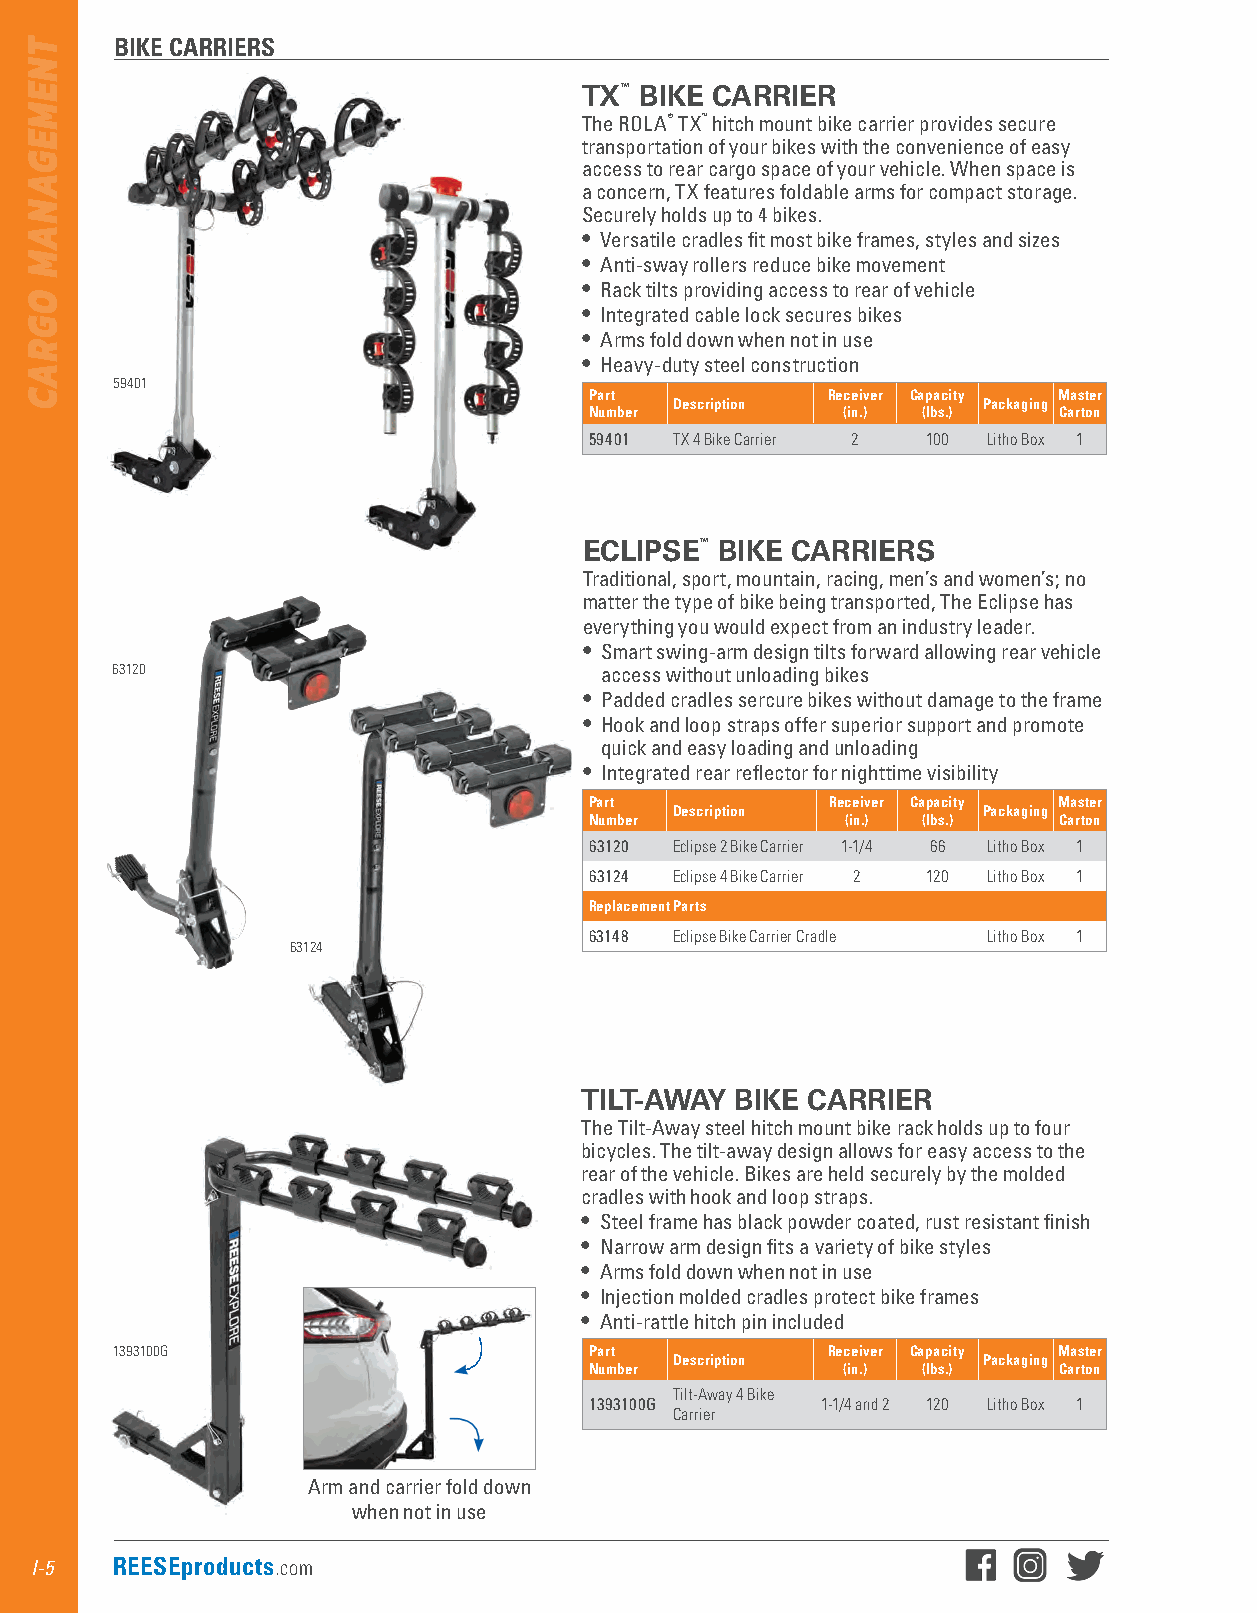
BIKE CARRIERS
 TX™ BIKE CARRIER
 The ROLA® TX™ hitch mount bike carrier provides secure
 transportation of your bikes with the convenience of easy
 access to rear cargo space of your vehicle . When space is
 a concern, TX features foldable arms for compact storage .
 Securely holds up to 4 bikes .
 • Versatile cradles fit most bike frames, styles and sizes
 • Anti-sway rollers reduce bike movement
 • Rack tilts providing access to rear of vehicle
 • Integrated cable lock secures bikes
 • Arms fold down when not in use
 • Heavy-duty steel construction
 59401
 Part            Receiver Capacity Master
 Description         Packaging
 Number           (in.) (lbs.)  Carton
 59401 TX 4 Bike Carrier 2 100 Litho Box 1
 ECLIPSE™ BIKE CARRIERS
 Traditional, sport, mountain, racing, men’s and women’s; no
 matter the type of bike being transported, The Eclipse has
 everything you would expect from an industry leader .
 • Smart swing-arm design tilts forward allowing rear vehicle
 63120                            access without unloading bikes
 • Padded cradles sercure bikes without damage to the frame
 • Hook and loop straps offer superior support and promote
 quick and easy loading and unloading
 • Integrated rear reflector for nighttime visibility
 Part            Receiver Capacity Master
 Description         Packaging
 Number           (in.) (lbs.)  Carton
 63120 Eclipse 2 Bike Carrier 1-1/4 66 Litho Box 1
 63124 Eclipse 4 Bike Carrier 2 120 Litho Box 1
 Replacement Parts
 63148 Eclipse Bike Carrier Cradle Litho Box 1
 63124
 TILT-AWAY  BIKE CARRIER
 The Tilt-Away steel hitch mount bike rack holds up to four
 bicycles . The tilt-away design allows for easy access to the
 rear of the vehicle . Bikes are held securely by the molded
 cradles with hook and loop straps .
 • Steel frame has black powder coated, rust resistant finish
 • Narrow arm design fits a variety of bike styles
 • Arms fold down when not in use
 • Injection molded cradles protect bike frames
 • Anti-rattle hitch pin included
 1393100G                        Part            Receiver Capacity Master
 Description         Packaging
 Number           (in.) (lbs.)  Carton
 Tilt-Away 4 Bike
 1393100G       1-1/4 and 2 120 Litho Box 1
 Carrier
 Arm and carrier fold down
 when not in use
 I-5  REESEproducts.com
 TNEMEGANAM
 OGRAC